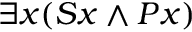
\exists x ( S x \land P x )